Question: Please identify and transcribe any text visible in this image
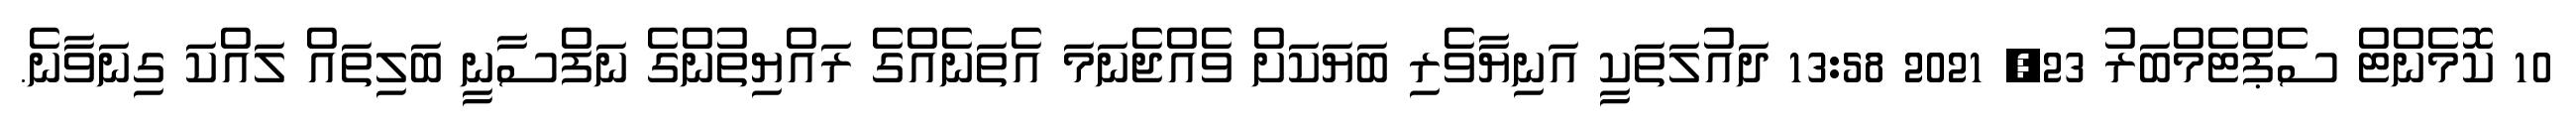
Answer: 10 ކޮމެންޓް ސެޕްޓެމްބަރު 23, 2021 13:58 ދައުލަތަކީ އަނިޔާވެރި ބަޔަކަށް ވެއްޖެނަމަ އެތަނެއްގެ ރައްޔިތުންގެ ނަފްސާނީ ބަލިތައް ލައްކަ ގިނަވާނެ.